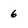
Character: 6